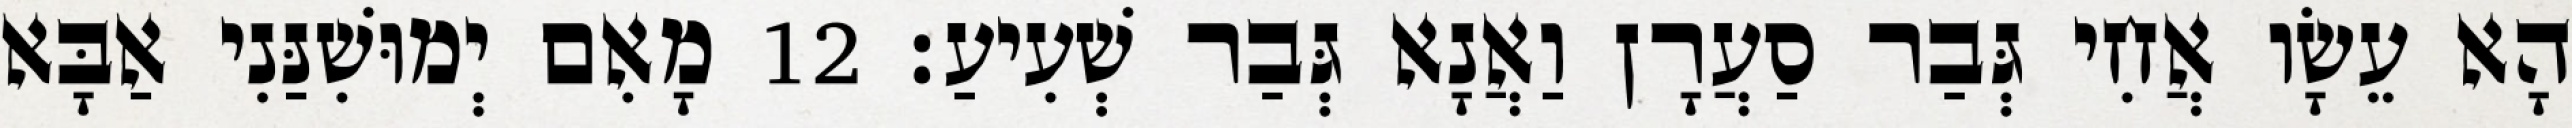
הָא עֵשָׂו אֲחִי גְּבַר סַעֲרָן וַאֲנָא גְּבַר שְׁעִיעַ׃ 12 מָאִם יְמוּשִׁנַּנִי אַבָּא